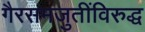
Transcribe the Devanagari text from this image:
गैरसमजुतींविरुद्ध